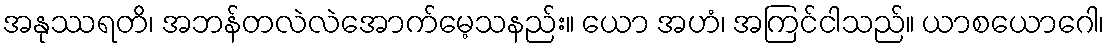
အနုဿရတိ၊ အဘန်တလဲလဲအောက်မေ့သနည်း။ ယော အဟံ၊ အကြင်ငါသည်။ ယာစယောဂေါ၊